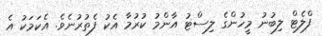
ފްލެޓް ލިބުނު މީހުންގެ ލިސްޓު އާންމު ކުރުމާ އެކު ފެތުރުނެވެ. އެކަމަކު އެ